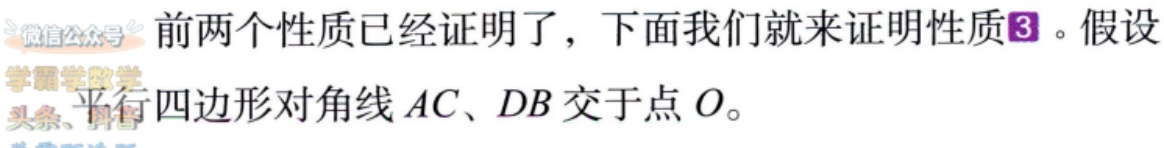
前两个性质已经证明了，下面我们就来证明性质\(3\)。假设平行四边形对角线\(AC\)、\(DB\)交于点\(O\)。